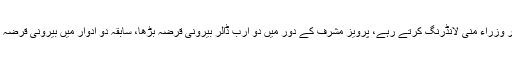
انہوں نے کہا کہ ملکی سربراہ اور وزراء منی لانڈرنگ کرتے رہے، پرویز مشرف کے دور میں دو ارب ڈالر بیرونی قرضہ بڑھا، سابقہ دو ادوار میں بیرونی قرضہ 41 سے 97 ارب ڈالر تک پہنچا۔